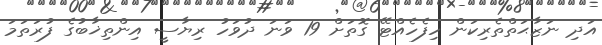
އަދި ނަޒާޙަތްތެރިކަން ހިފެހެއްޓޭ ގޮތަށް 19 ވަނަ ދުވަހު ރިޔާސީ އިންތިޚާބުގެ ފުރަތަމަ